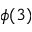
\phi ( 3 )